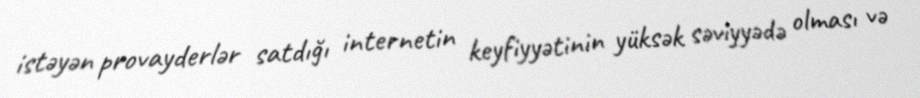
istəyən provayderlər satdığı internetin keyfiyyətinin yüksək səviyyədə olması və